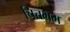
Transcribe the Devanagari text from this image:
चित्तभ्रम